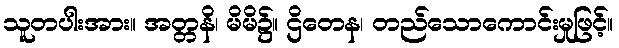
သူတပါးအား။ အတ္တနိ၊ မိမိ၌။ ဌိတေန၊ တည်သောကောင်းမှုဖြင့်။